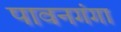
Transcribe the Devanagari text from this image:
पावनगंगा